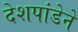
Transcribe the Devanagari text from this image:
देशपांडेने